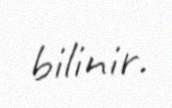
bilinir.